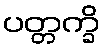
ပတ္တက္ခိ